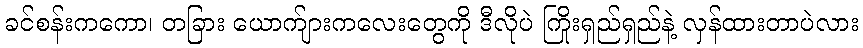
ခင်စန်းကကော၊ တခြား ယောက်ျားကလေးတွေကို ဒီလိုပဲ ကြိုးရှည်ရှည်နဲ့ လှန်ထားတာပဲလား